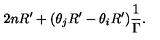
2 n R ^ { \prime } + ( \theta _ { j } R ^ { \prime } - \theta _ { i } R ^ { \prime } ) \frac { 1 } { \Gamma } .